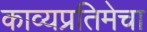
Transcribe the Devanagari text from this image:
काव्यप्रतिमेचा